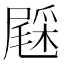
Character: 𨤔